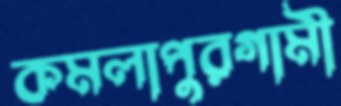
কমলাপুরগামী